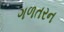
ગળતરન